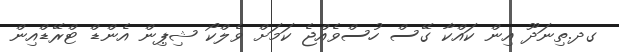
ގދ.ތިނަދޫ އިން ކައްކާ ގޭސް ހުސްވެއްޖެ ކަމަށް ވެލްކޯ ޝިޕިން އެންޑް ޓްރޭޑްއިން